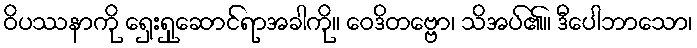
ဝိပဿနာကို ရှေးရှုဆောင်ရာအခါကို။ ဝေဒိတဗ္ဗော၊ သိအပ်၏။ ဒီပေါဘာသော၊